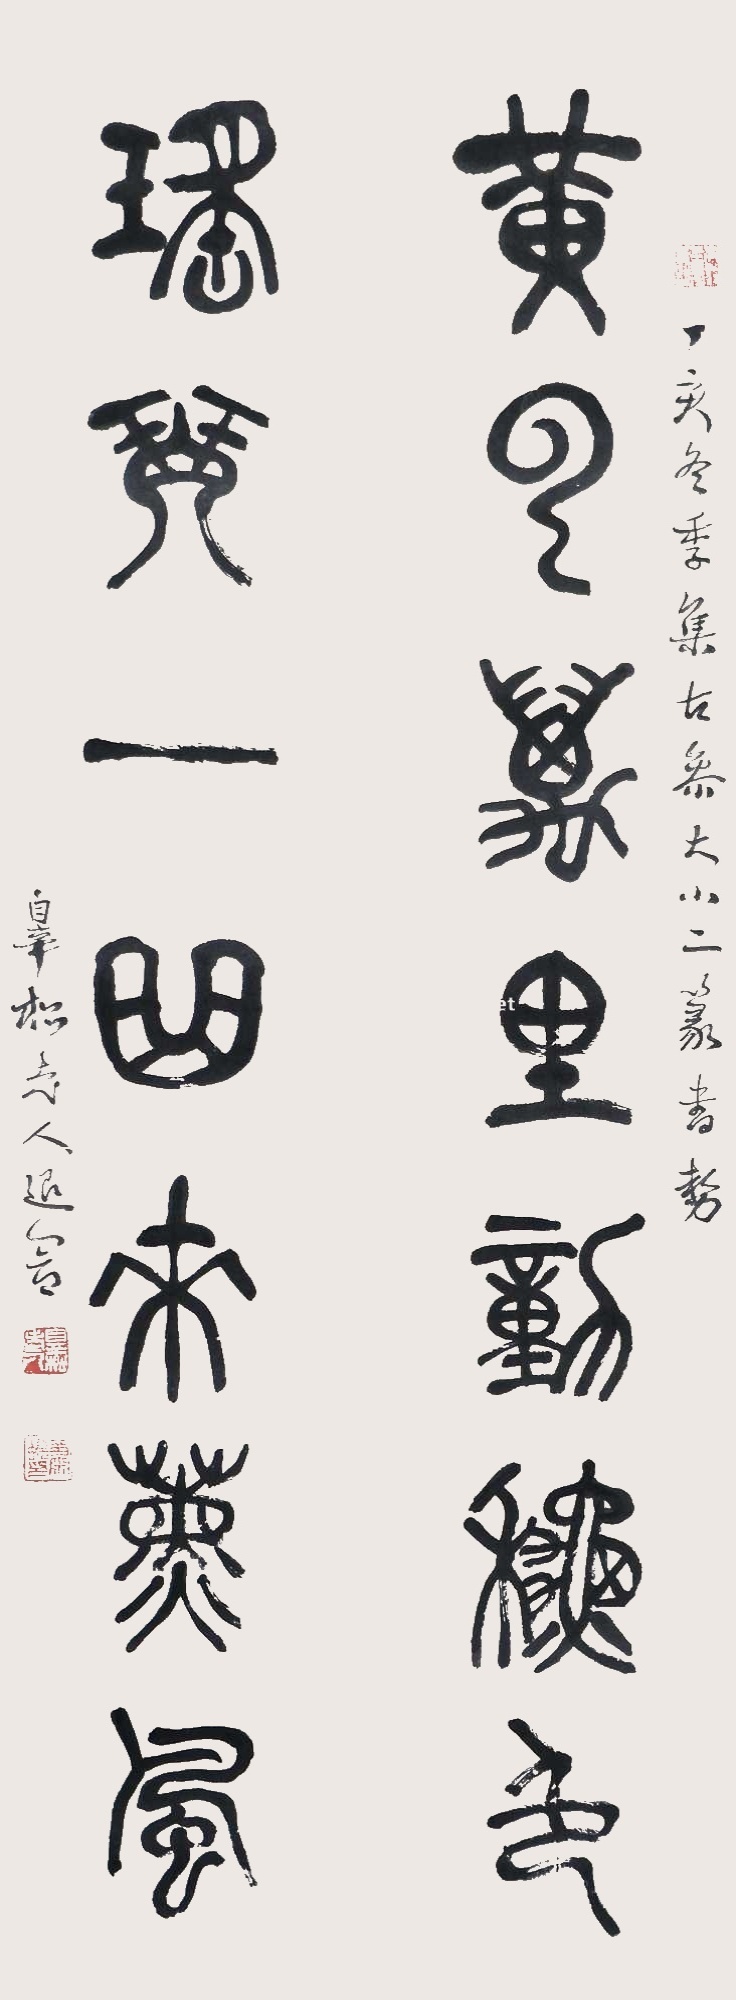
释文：黄云万里新秋色，瑶琴一曲来熏风。丁亥冬季集古参大小二篆书势，皋松老人退暗。